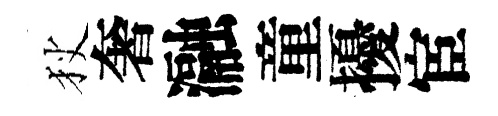
狄奢瀜童擾宦